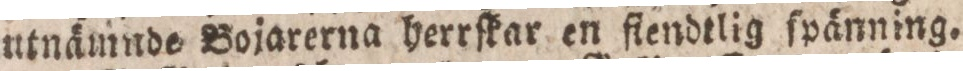
utnämnde Bojarerna herrſkar en flendtlig fpänning.